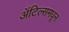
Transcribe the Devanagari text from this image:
अँटिल्समधून